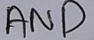
Text: AND